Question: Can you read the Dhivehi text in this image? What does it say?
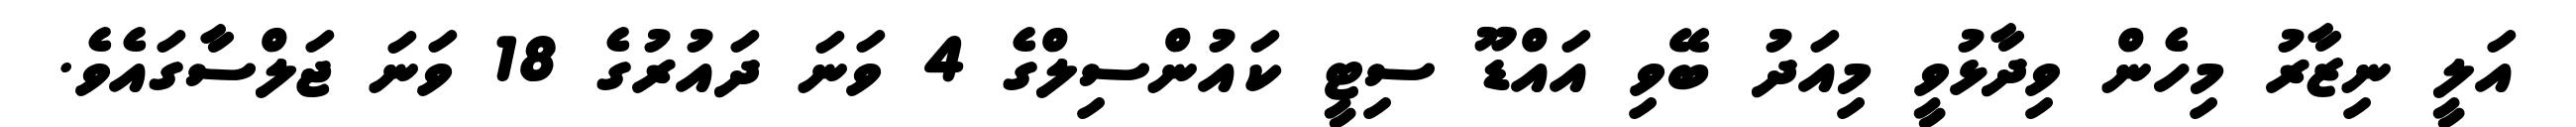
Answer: އަލީ ނިޒާރު މިހެން ވިދާޅުވީ މިއަދު ބޭވި އައްޑޫ ސިޓީ ކައުންސިލްގެ 4 ވަނަ ދައުރުގެ 18 ވަނަ ޖަލްސާގައެވެ.